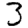
Digit: 3